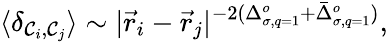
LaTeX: \langle\delta_{{\cal{C}}_{i},{\cal{C}}_{j}}\rangle\sim|{\vec{r}}_{i}-{\vec{r}}_{j}|^{-2(\Delta_{\sigma,q=1}^{o}+{\bar{\Delta}}_{\sigma,q=1}^{o})},